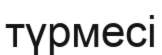
түрмесі